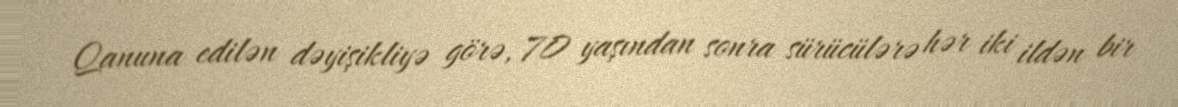
Qanuna edilən dəyişikliyə görə, 70 yaşından sonra sürücülərə hər iki ildən bir